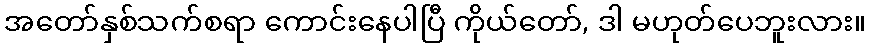
အတော်နှစ်သက်စရာ ကောင်းနေပါပြီ ကိုယ်တော်, ဒါ မဟုတ်ပေဘူးလား။